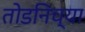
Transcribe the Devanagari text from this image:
तोडनिच्या